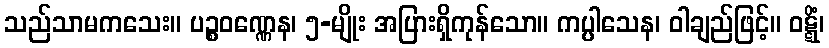
သည်သာမကသေး။ ပဉ္စဝဏ္ဏေန၊ ၅-မျိုး အပြားရှိကုန်သော။ ကပ္ပါသေန၊ ဝါချည်ဖြင့်။ ဝဋ္ဋိံ၊